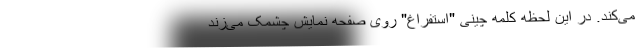
می‌کند. در این لحظه کلمه چینی "استفراغ" روی صفحه نمایش چشمک می‌زند